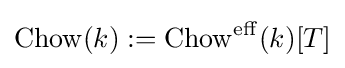
\operatorname {Chow} (k):=\operatorname {Chow} ^{\operatorname {eff} }(k)[T]